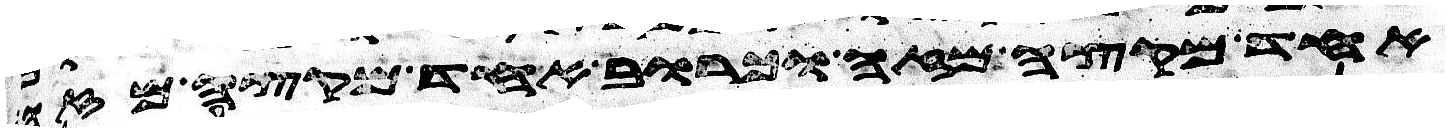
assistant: אחד מקצה מזה וכרוב אחד מקצה מזה